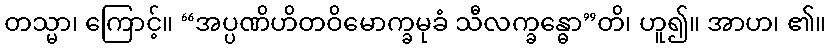
တသ္မာ၊ ကြောင့်။ “အပ္ပဏိဟိတဝိမောက္ခမုခံ သီလက္ခန္ဓော”တိ၊ ဟူ၍။ အာဟ၊ ၏။